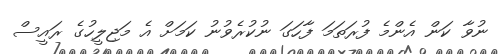
ނުވާ ކަން އެންމެ ފުރަތަމަ ފާހަގަ ނުކުރެވުނު ކަމަށް އެ މަޖިލީހުގެ ރައީސް